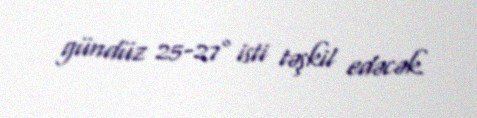
gündüz 25-27° isti təşkil edəcək.